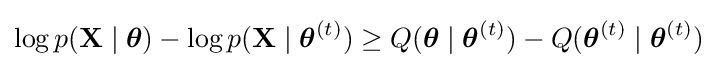
\log p(\mathbf {X} \mid {\boldsymbol {\theta }})-\log p(\mathbf {X} \mid {\boldsymbol {\theta }}^{(t)})\geq Q({\boldsymbol {\theta }}\mid {\boldsymbol {\theta }}^{(t)})-Q({\boldsymbol {\theta }}^{(t)}\mid {\boldsymbol {\theta }}^{(t)})